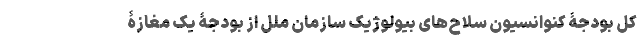
کل بودجۀ کنوانسیون سلاح‌های بیولوژیک سازمان ملل از بودجۀ یک مغازۀ